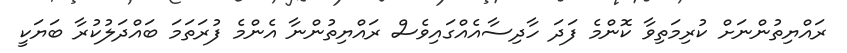
ރައްޔިތުންނަށް ކުރިމަތިވާ ކޮންމެ ފަދަ ހާދިސާއެއްގައިވެސް ރައްޔިތުންނާ އެންމެ ފުރަތަމަ ބައްދަލުކުރާ ބަޔަކީ